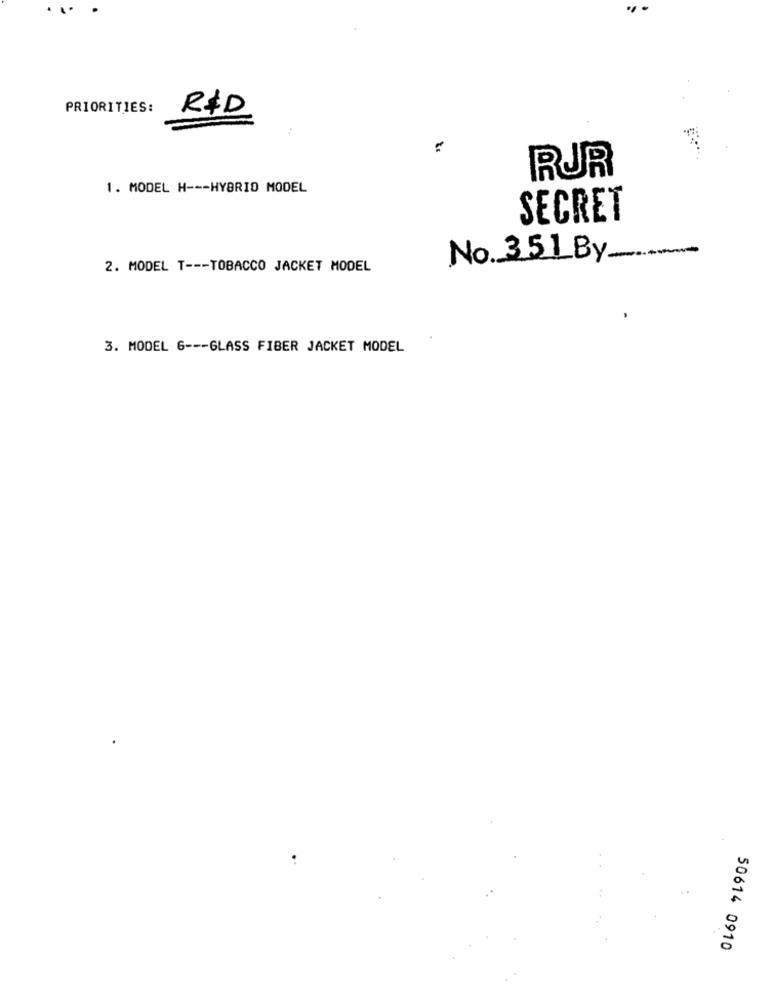
PRIORITIES:
R&D
RUR
1. MODEL H --- HYBRID MODEL
SECRET
No. 351 By
2. MODEL T --- TOBACCO JACKET MODEL
3. MODEL 6 --- GLASS FIBER JACKET MODEL
50614 0910